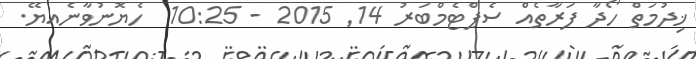
ޚިދުމަތް ހޯދާ ފަރާތެއް ސެޕްޓެމްބަރު 14